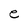
Character: e